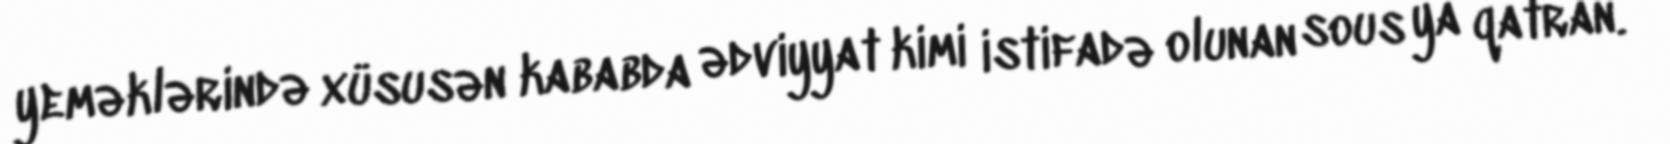
yeməklərində xüsusən kababda ədviyyat kimi istifadə olunan sous ya qatran.